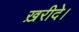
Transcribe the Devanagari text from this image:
ख़रीदे।